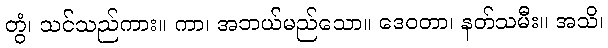
တွံ၊ သင်သည်ကား။ ကာ၊ အဘယ်မည်သော။ ဒေဝတာ၊ နတ်သမီး။ အသိ၊